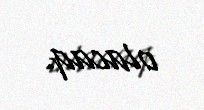
olacaq.